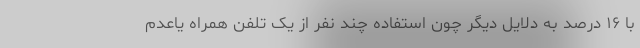
با ۱۶ درصد به دلایل دیگر چون استفاده چند نفر از یک تلفن همراه یاعدم